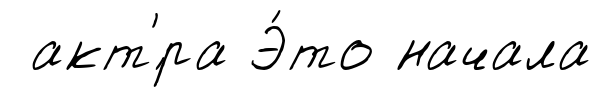
акт'́ра Э́то начала